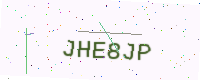
Text: JHE8JP